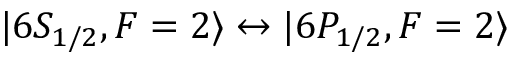
\lvert 6 S _ { 1 / 2 } , F = 2 \rangle \leftrightarrow \lvert 6 P _ { 1 / 2 } , F = 2 \rangle